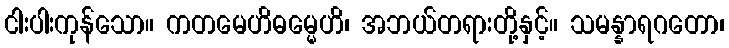
ငါးပါးကုန်သော။ ကတမေဟိဓမ္မေဟိ၊ အဘယ်တရားတို့နှင့်။ သမန္နာရဂတော၊